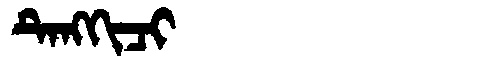
Manchu: ᡨᡝᠩᡴᡳᠴᡳ
Romanization: TENGKICI